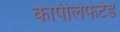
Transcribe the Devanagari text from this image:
कापीलेफटेड